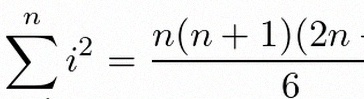
\sum_{i=1}^{n}i^2=\frac{n(n+1)(2n+1)}6